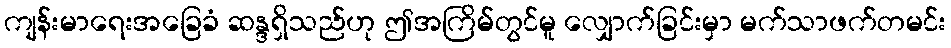
ကျန်းမာရေးအခြေခံ ဆန္ဒရှိသည်ဟု ဤအကြိမ်တွင်မူ လျှောက်ခြင်းမှာ မက်သာဖက်တမင်း